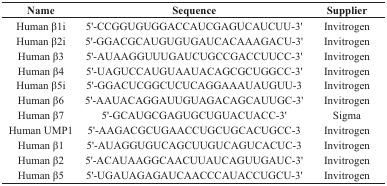
<table><thead><tr><td><b>Name</b></td><td><b>Sequence</b></td><td><b>Supplier</b></td></tr></thead><tbody><tr><td>Human β1i</td><td>5&#x27;-CCGGUGUGGACCAUCGAGUCAUCUU-3&#x27;</td><td>Invitrogen</td></tr><tr><td>Human β2i</td><td>5&#x27;-GGACGCAUGUGUGAUCACAAAGACU-3&#x27;</td><td>Invitrogen</td></tr><tr><td>Human β3</td><td>5&#x27;-AUAAGGUUUGAUCUGCCGACCUUCC-3&#x27;</td><td>Invitrogen</td></tr><tr><td>Human β4</td><td>5&#x27;-UAGUCCAUGUAAUACAGCGCUGGCC-3&#x27;</td><td>Invitrogen</td></tr><tr><td>Human β5i</td><td>5&#x27;-GGACUCGGCUCUCAGGAAAUAUGUU-3</td><td>Invitrogen</td></tr><tr><td>Human β6</td><td>5&#x27;-AAUACAGGAUUGUAGACAGCAUUGC-3&#x27;</td><td>Invitrogen</td></tr><tr><td>Human β7</td><td>5&#x27;-GCAUGCGAGUGCUGUACUACC-3&#x27;</td><td>Sigma</td></tr><tr><td>Human UMP1</td><td>5&#x27;-AAGACGCUGAACCUGCUGCACUGCC-3</td><td>Invitrogen</td></tr><tr><td>Human β1</td><td>5&#x27;-AUAGGUGUCAGCUUGUCAGUCACUC-3</td><td>Invitrogen</td></tr><tr><td>Human β2</td><td>5&#x27;-ACAUAAGGCAACUUAUCAGUUGAUC-3&#x27;</td><td>Invitrogen</td></tr><tr><td>Human β5</td><td>5&#x27;-UGAUAGAGAUCAACCCAUACCUGCU-3&#x27;</td><td>Invitrogen</td></tr></tbody></table>